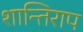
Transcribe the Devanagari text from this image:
शान्तिराप